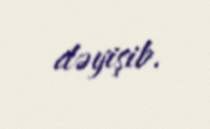
dəyişib.